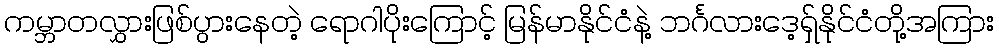
ကမ္ဘာတလွှားဖြစ်ပွားနေတဲ့ ရောဂါပိုးကြောင့် မြန်မာနိုင်ငံနဲ့ ဘင်္ဂလားဒေ့ရှ်နိုင်ငံတို့အကြား